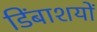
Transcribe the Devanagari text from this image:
डिंबाशयों